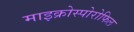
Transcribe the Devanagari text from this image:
माइक्रोस्पोरोफिल